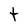
Character: t